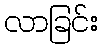
လာခြင်း